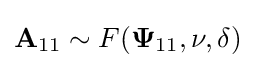
{\mathbf {A} _{11}}\sim F({\mathbf {\Psi } _{11}},\nu ,\delta )